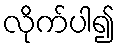
လိုက်ပါ၍